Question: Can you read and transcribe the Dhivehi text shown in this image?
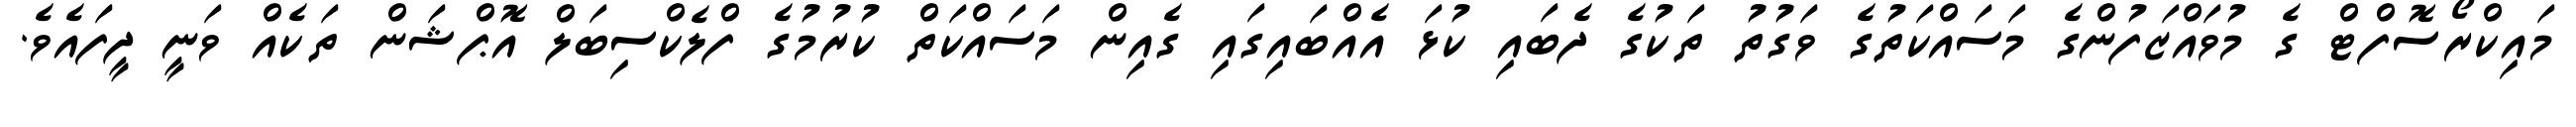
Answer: މައިކްރޯސޮފްޓް ގެ މުވައްޒަފުންގެ މަސައްކަތުގެ ވަގުތު ތަކުގެ ދެބައި ކުޅަ އެއްބައިގައި ގެއިން މަސައްކަތް ކުރުމުގެ ފްލެކްސިބަލް އޮޕްޝަން ތަކެއް ވަނީ ދީފައެވެ.